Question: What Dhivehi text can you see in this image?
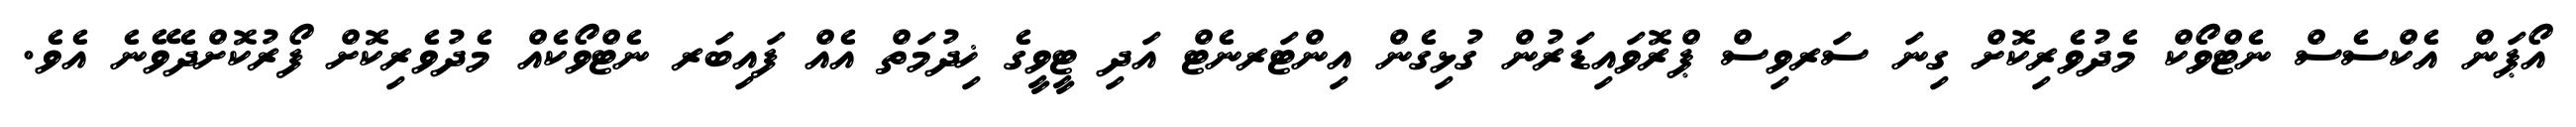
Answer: އޯޕަން އެކްސެސް ނެޓްވޯކް މެދުވެރިކޮށް ގިނަ ސަރވިސް ޕްރޮވައިޑަރުން ގުޅިގެން އިންޓަރނެޓް އަދި ޓީވީގެ ޚިދުމަތް އެއް ފައިބަރ ނެޓްވޯކެއް މެދުވެރިކޮށް ފޯރުކޮށްދެވޭނެ އެވެ.